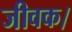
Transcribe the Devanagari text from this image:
जीवक।